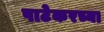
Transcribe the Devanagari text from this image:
पाटेकरच्या